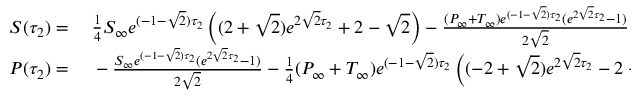
\begin{array} { r l } { S ( \tau _ { 2 } ) = } & { { } \; \frac { 1 } { 4 } S _ { \infty } e ^ { ( - 1 - \sqrt { 2 } ) \tau _ { 2 } } \left( ( 2 + \sqrt { 2 } ) e ^ { 2 \sqrt { 2 } \tau _ { 2 } } + 2 - \sqrt { 2 } \right) - \frac { ( P _ { \infty } + T _ { \infty } ) e ^ { ( - 1 - \sqrt { 2 } ) \tau _ { 2 } } ( e ^ { 2 \sqrt { 2 } \tau _ { 2 } } - 1 ) } { 2 \sqrt { 2 } } + 1 , } \\ { P ( \tau _ { 2 } ) = } & { { } \; - \frac { S _ { \infty } e ^ { ( - 1 - \sqrt { 2 } ) \tau _ { 2 } } ( e ^ { 2 \sqrt { 2 } \tau _ { 2 } } - 1 ) } { 2 \sqrt { 2 } } - \frac { 1 } { 4 } ( P _ { \infty } + T _ { \infty } ) e ^ { ( - 1 - \sqrt { 2 } ) \tau _ { 2 } } \left( ( - 2 + \sqrt { 2 } ) e ^ { 2 \sqrt { 2 } \tau _ { 2 } } - 2 - \sqrt { 2 } \right) . } \end{array}